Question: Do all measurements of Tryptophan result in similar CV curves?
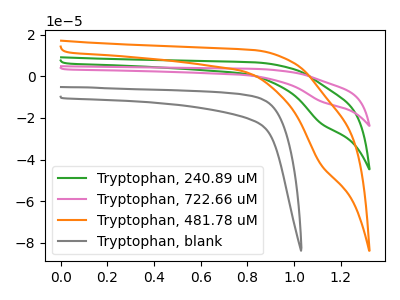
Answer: <think>The green curve "Tryptophan, 240.89 uM" has a cathodic peak at: (1.10V, -22.40uA). The pink curve "Tryptophan, 722.66 uM" has a cathodic peak at: (1.10V, -44.85uA). The orange curve "Tryptophan, 481.78 uM" has a cathodic peak at: (1.10V, -42.10uA). The gray curve "Tryptophan, blank" has no peaks.
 All the peaks in "Tryptophan, 240.89 uM" have a peak in "Tryptophan, 722.66 uM" at the same potential. Every peak in "Tryptophan, 240.89 uM" is lower than every peak in "Tryptophan, 722.66 uM". All the peaks in "Tryptophan, 240.89 uM" have a peak in "Tryptophan, 481.78 uM" at the same potential. Every peak in "Tryptophan, 240.89 uM" is lower than every peak in "Tryptophan, 481.78 uM". "Tryptophan, 240.89 uM" and "Tryptophan, blank" have a different number of peaks. All the peaks in "Tryptophan, 722.66 uM" have a peak in "Tryptophan, 481.78 uM" at the same potential. Every peak in "Tryptophan, 722.66 uM" is higher than every peak in "Tryptophan, 481.78 uM". "Tryptophan, 722.66 uM" and "Tryptophan, blank" have a different number of peaks. "Tryptophan, 481.78 uM" and "Tryptophan, blank" have a different number of peaks.</think>
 <answer>All the CV's of "Tryptophan" have similar shape.</answer>
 <eval>follow_rule</eval>